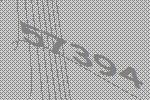
57394